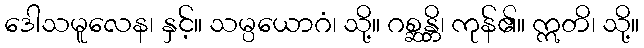
ဒေါသမူလေန၊ နှင့်။ သမ္ပယောဂံ၊ သို့။ ဂစ္ဆန္တိ၊ ကုန်၏။ ဣတိ၊ သို့။